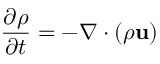
{ \frac { \partial \rho } { \partial t } } = - \nabla \cdot ( \rho \mathbf { u } )